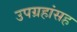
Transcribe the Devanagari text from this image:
उपग्रहांसह